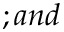
; a n d